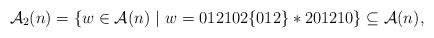
LaTeX: \begin{align*}\mathcal{A}_2(n)=\{w\in \mathcal{A}(n) ~|~ w=012102\{012\}*201210\}\subseteq\mathcal{A}(n),\end{align*}